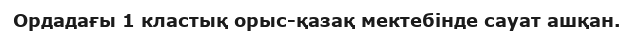
Ордадағы 1 кластық орыс-қазақ мектебінде сауат ашқан.